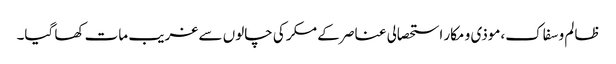
ظالم و سفاک،موذی و مکار استحصالی عناصر کے مکر کی چالوں سے غریب مات کھا گیا۔